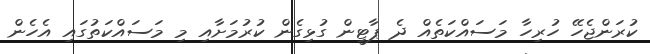
ކުރަންޖެހޭ ހުރިހާ މަސައްކަތެއް ދެ ޕާޓީން ގުޅިގެން ކުރުމަށާއި މި މަސައްކަތުގައި އެހެން